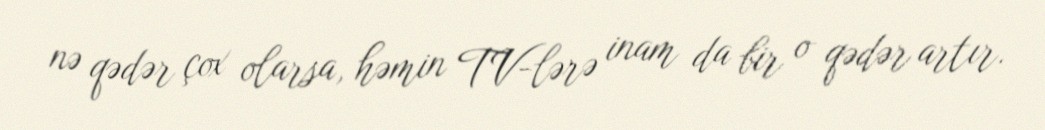
nə qədər çox olarsa, həmin TV-lərə inam da bir o qədər artır.